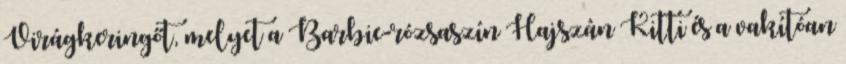
Virágkeringőt, melyet a Barbie-rózsaszín Hajszán Kitti és a vakítóan